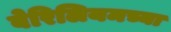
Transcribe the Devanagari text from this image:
बेरिलियमच्या